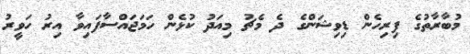
މުބާރާތުގެ ފިރިހެން ޑިވިޝަންގެ ދެ މެޗު މިއަދު ކުޅެން ހަމަޖައްސާފައިވާ އިރު ހަވީރު